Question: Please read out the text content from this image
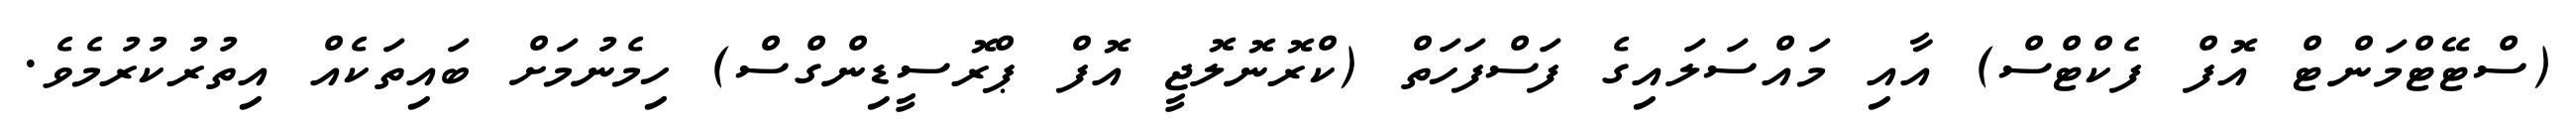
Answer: (ސްޓޭޓްމަންޓް އޮފް ފެކްޓްސް) އާއި މައްސަލައިގެ ފަސްފަހަތް (ކްރޮނޮލޮޖީ އޮފް ޕްރޮސީޑިންގްސް) ހިމެނުމަށް ބައިތަކެއް އިތުރުކުރުމެވެ.